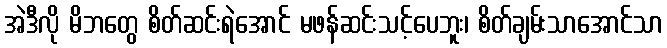
အဲဒီလို မိဘတွေ စိတ်ဆင်းရဲအောင် မဖန်ဆင်းသင့်ပေဘူး၊ စိတ်ချမ်းသာအောင်သာ